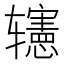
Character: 𨐊